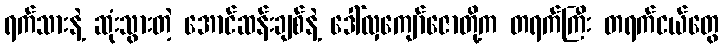
ရက်သားနဲ့ ဆုံးသွားတဲ့ အောင်ဆန်းချစ်နဲ့ ဒေါ်လှကျော်ဇောတို့က တရက်ကြီး တရက်ငယ်တွေ